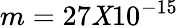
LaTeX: m=27\mathit{X}10^{-15}